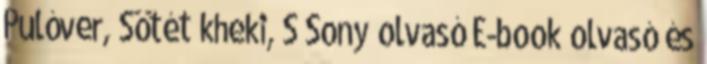
Pulóver, Sötét kheki, S Sony olvasó E-book olvasó és